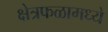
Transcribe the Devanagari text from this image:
क्षेत्रफळामध्ये